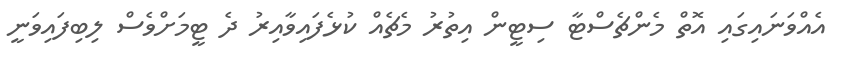
އެއްވަނައިގައި އޮތް މެންޗެސްޓާ ސިޓީން އިތުރު މެޗެއް ކުޅެފައިވާއިރު ދެ ޓީމަށްވެސް ލިބިފައިވަނީ